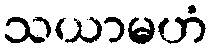
သယာမဟံ